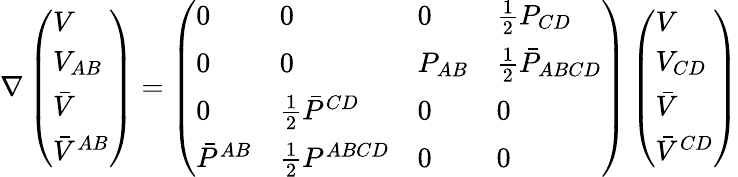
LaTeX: \nabla\left(\begin{array}{l}{{V}}\\ {{V_{AB}}}\\ {{\bar{V}}}\\ {{\bar{V}^{AB}}}\end{array}\right)=\left(\begin{array}{llll}{{0}}&{{0}}&{{0}}&{{{\frac{1}{2}}P_{CD}}}\\ {{0}}&{{0}}&{{P_{AB}}}&{{{\frac{1}{2}}\bar{P}_{ABCD}}}\\ {{0}}&{{{\frac{1}{2}}\bar{P}^{CD}}}&{{0}}&{{0}}\\ {{\bar{P}^{AB}}}&{{{\frac{1}{2}}P^{ABCD}}}&{{0}}&{{0}}\end{array}\right)\left(\begin{array}{l}{{V}}\\ {{V_{CD}}}\\ {{\bar{V}}}\\ {{\bar{V}^{CD}}}\end{array}\right)